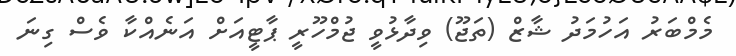
މެމްބަރު އަހުމަދު ޝާޒް (ތަޖޫ) ވިދާޅުވީ ޖުމްހޫރީ ޕާޓީއަށް އަނެއްކާ ވެސް ގިނަ